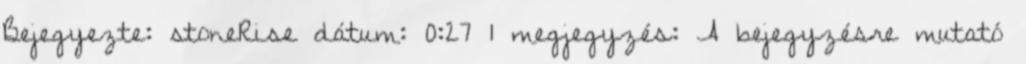
Bejegyezte: stoneRise dátum: 0:27 1 megjegyzés: A bejegyzésre mutató